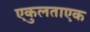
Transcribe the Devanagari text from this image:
एकुलताएक